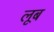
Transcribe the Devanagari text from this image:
लूब